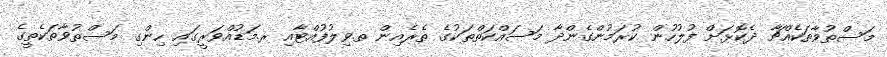
މަސްތުވާތަކެއްޗާ ދެކޮޅަށް ފުލުހުން ކުރަމުންގެންދާ މަސައްކަތްތަކުގެ ތެރެއިން ތ.ވިލުފުއްޓާއި ރ.މަޑުއްވަރީގައި ހިންގި މަސްތުވާތަކެތީގެ